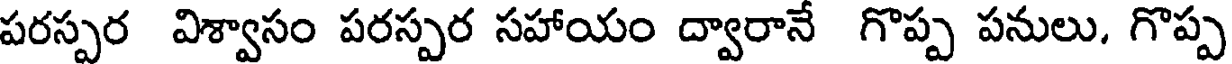
పరస్పర విశ్వాసం పరస్పర సహాయం ద్వారానే గొప్ప పనులు, గొప్ప